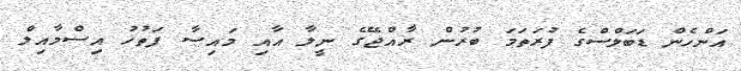
އަންހެން ޑަބަލްސްގެ ފުރަތަމަ ބުރުން ރާއްޖޭގެ ނީލާ އާއި މައިސާ ފަތުހު އިސްމާއިލް